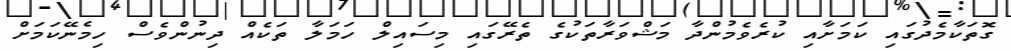
ގޮތަކާމެދުގައި ކަމަށާއި ކުރެވެމުންދާ މަޝްވަރާތަކުގެ ތެރޭގައި މިސައިލް ހަމަލާ ތަކެއް ދިނުންވެސް ހިމެނޭކަމަށް